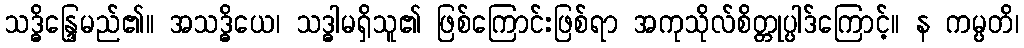
သဒ္ဓိန္ဒြေမည်၏။ အသဒ္ဓိယေ၊ သဒ္ဓါမရှိသူ၏ ဖြစ်ကြောင်းဖြစ်ရာ အကုသိုလ်စိတ္တုပ္ပါဒ်ကြောင့်။ န ကမ္ပတိ၊